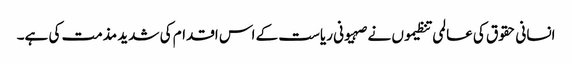
انسانی حقوق کی عالمی تنظیموں نے صہیونی ریاست کے اس اقدام کی شدید مذمت کی ہے۔